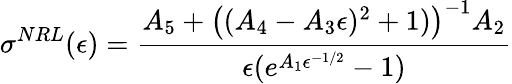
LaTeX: \sigma^{NRL}(\epsilon)={\frac{A_{5}+{\big(}(A_{4}-A_{3}\epsilon)^{2}+1){\big)}^{-1}A_{2}}{\epsilon(e^{A_{1}\epsilon^{-1/2}}-1)}}